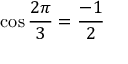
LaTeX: \cos { \frac { 2 \pi } { 3 } } = { \frac { - 1 } { 2 } }